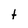
Character: t